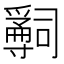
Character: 𤔺